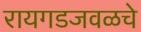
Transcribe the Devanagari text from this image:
रायगडजवळचे